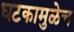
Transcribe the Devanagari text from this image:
घटकामुळेच